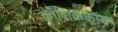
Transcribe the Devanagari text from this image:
कोशिककाय